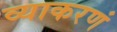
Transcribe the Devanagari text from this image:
व्याकरणं